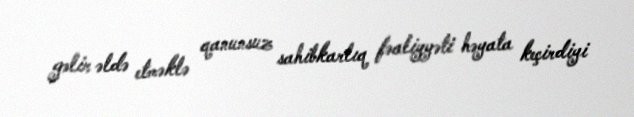
gəlir əldə etməklə qanunsuz sahibkarlıq fəaliyyəti həyata keçirdiyi